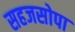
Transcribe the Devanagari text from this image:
सहजसोपा